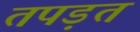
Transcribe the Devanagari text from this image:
तपड़त